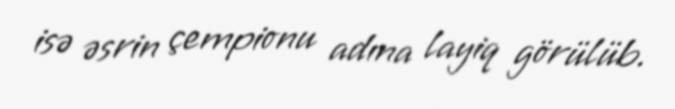
isə əsrin çempionu adına layiq görülüb.